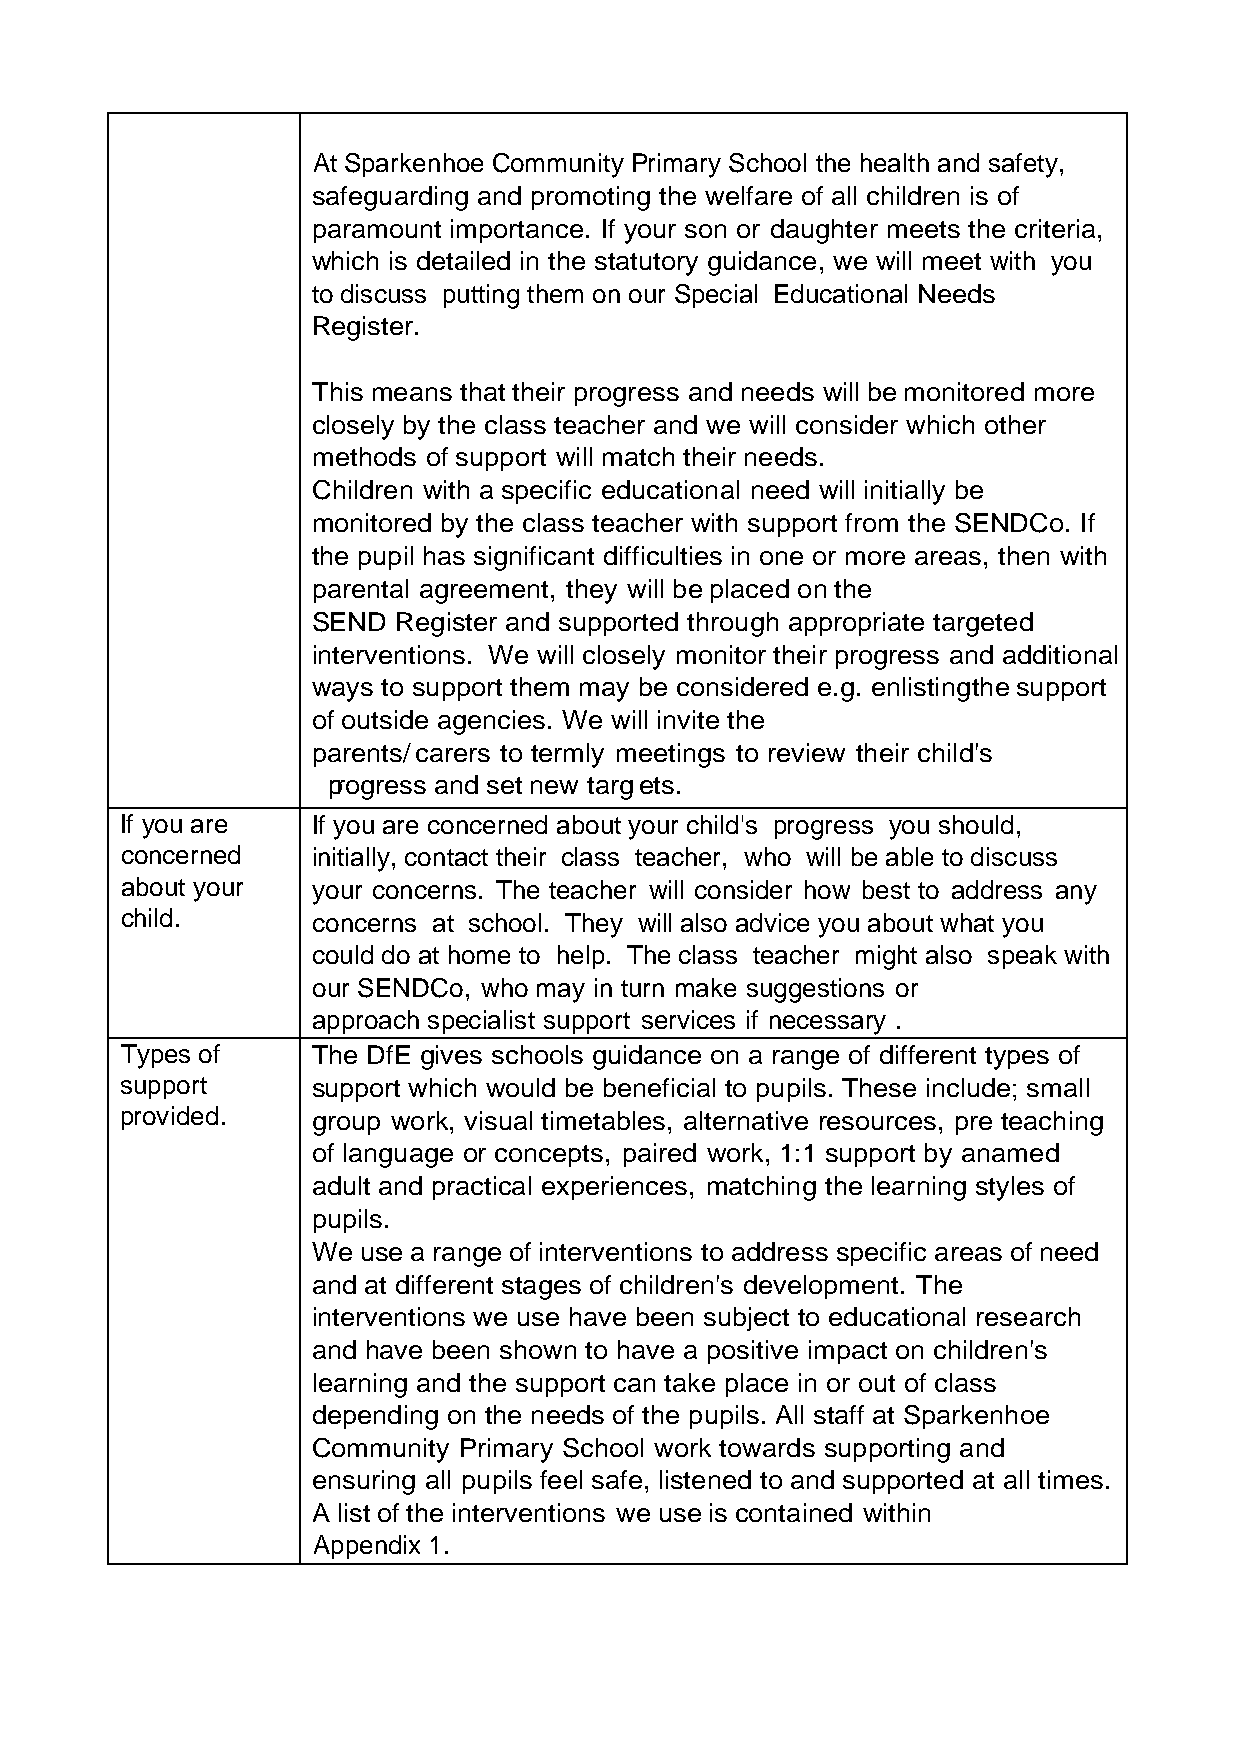
At Sparkenhoe Community Primary School the health and safety,
 safeguarding and promoting the welfare of all children is of
 paramount importance. If your son or daughter meets the criteria,
 which is detailed in the statutory guidance, we will meet with you
 to discuss putting them on our Special Educational Needs
 Register.
 This means that their progress and needs will be monitored more
 closely by the class teacher and we will consider which other
 methods of support will match their needs.
 Children with a specific educational need will initially be
 monitored by the class teacher with support from the SENDCo. If
 the pupil has significant difficulties in one or more areas, then with
 parental agreement, they will be placed on the
 SEND Register and supported through appropriate targeted
 interventions. We will closely monitor their progress and additional
 ways to support them may be considered e.g. enlisting the support
 of outside agencies. We will invite the
 parents/ carers to termly meetings to review their child's
 progress and set new targets.
 If you are   If you are concerned about your child's progress you should,
 concerned    initially, contact their class teacher, who will be able to discuss
 about your   your concerns. The teacher will consider how best to address any
 child.       concerns at school. They will also advice you about what you
 could do at home to help. The class teacher might also speak with
 our SENDCo, who may in turn make suggestions or
 approach specialist support services if necessary .
 Types of     The DfE gives schools guidance on a range of different types of
 support      support which would be beneficial to pupils. These include; small
 provided.    group work, visual timetables, alternative resources, pre teaching
 of language or concepts, paired work, 1:1 support by a named
 adult and practical experiences, matching the learning styles of
 pupils.
 We use a range of interventions to address specific areas of need
 and at different stages of children's development. The
 interventions we use have been subject to educational research
 and have been shown to have a positive impact on children's
 learning and the support can take place in or out of class
 depending on the needs of the pupils. All staff at Sparkenhoe
 Community Primary School work towards supporting and
 ensuring all pupils feel safe, listened to and supported at all times.
 A list of the interventions we use is contained within
 Appendix 1.